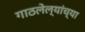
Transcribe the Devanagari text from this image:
गाठलेल्यांच्या